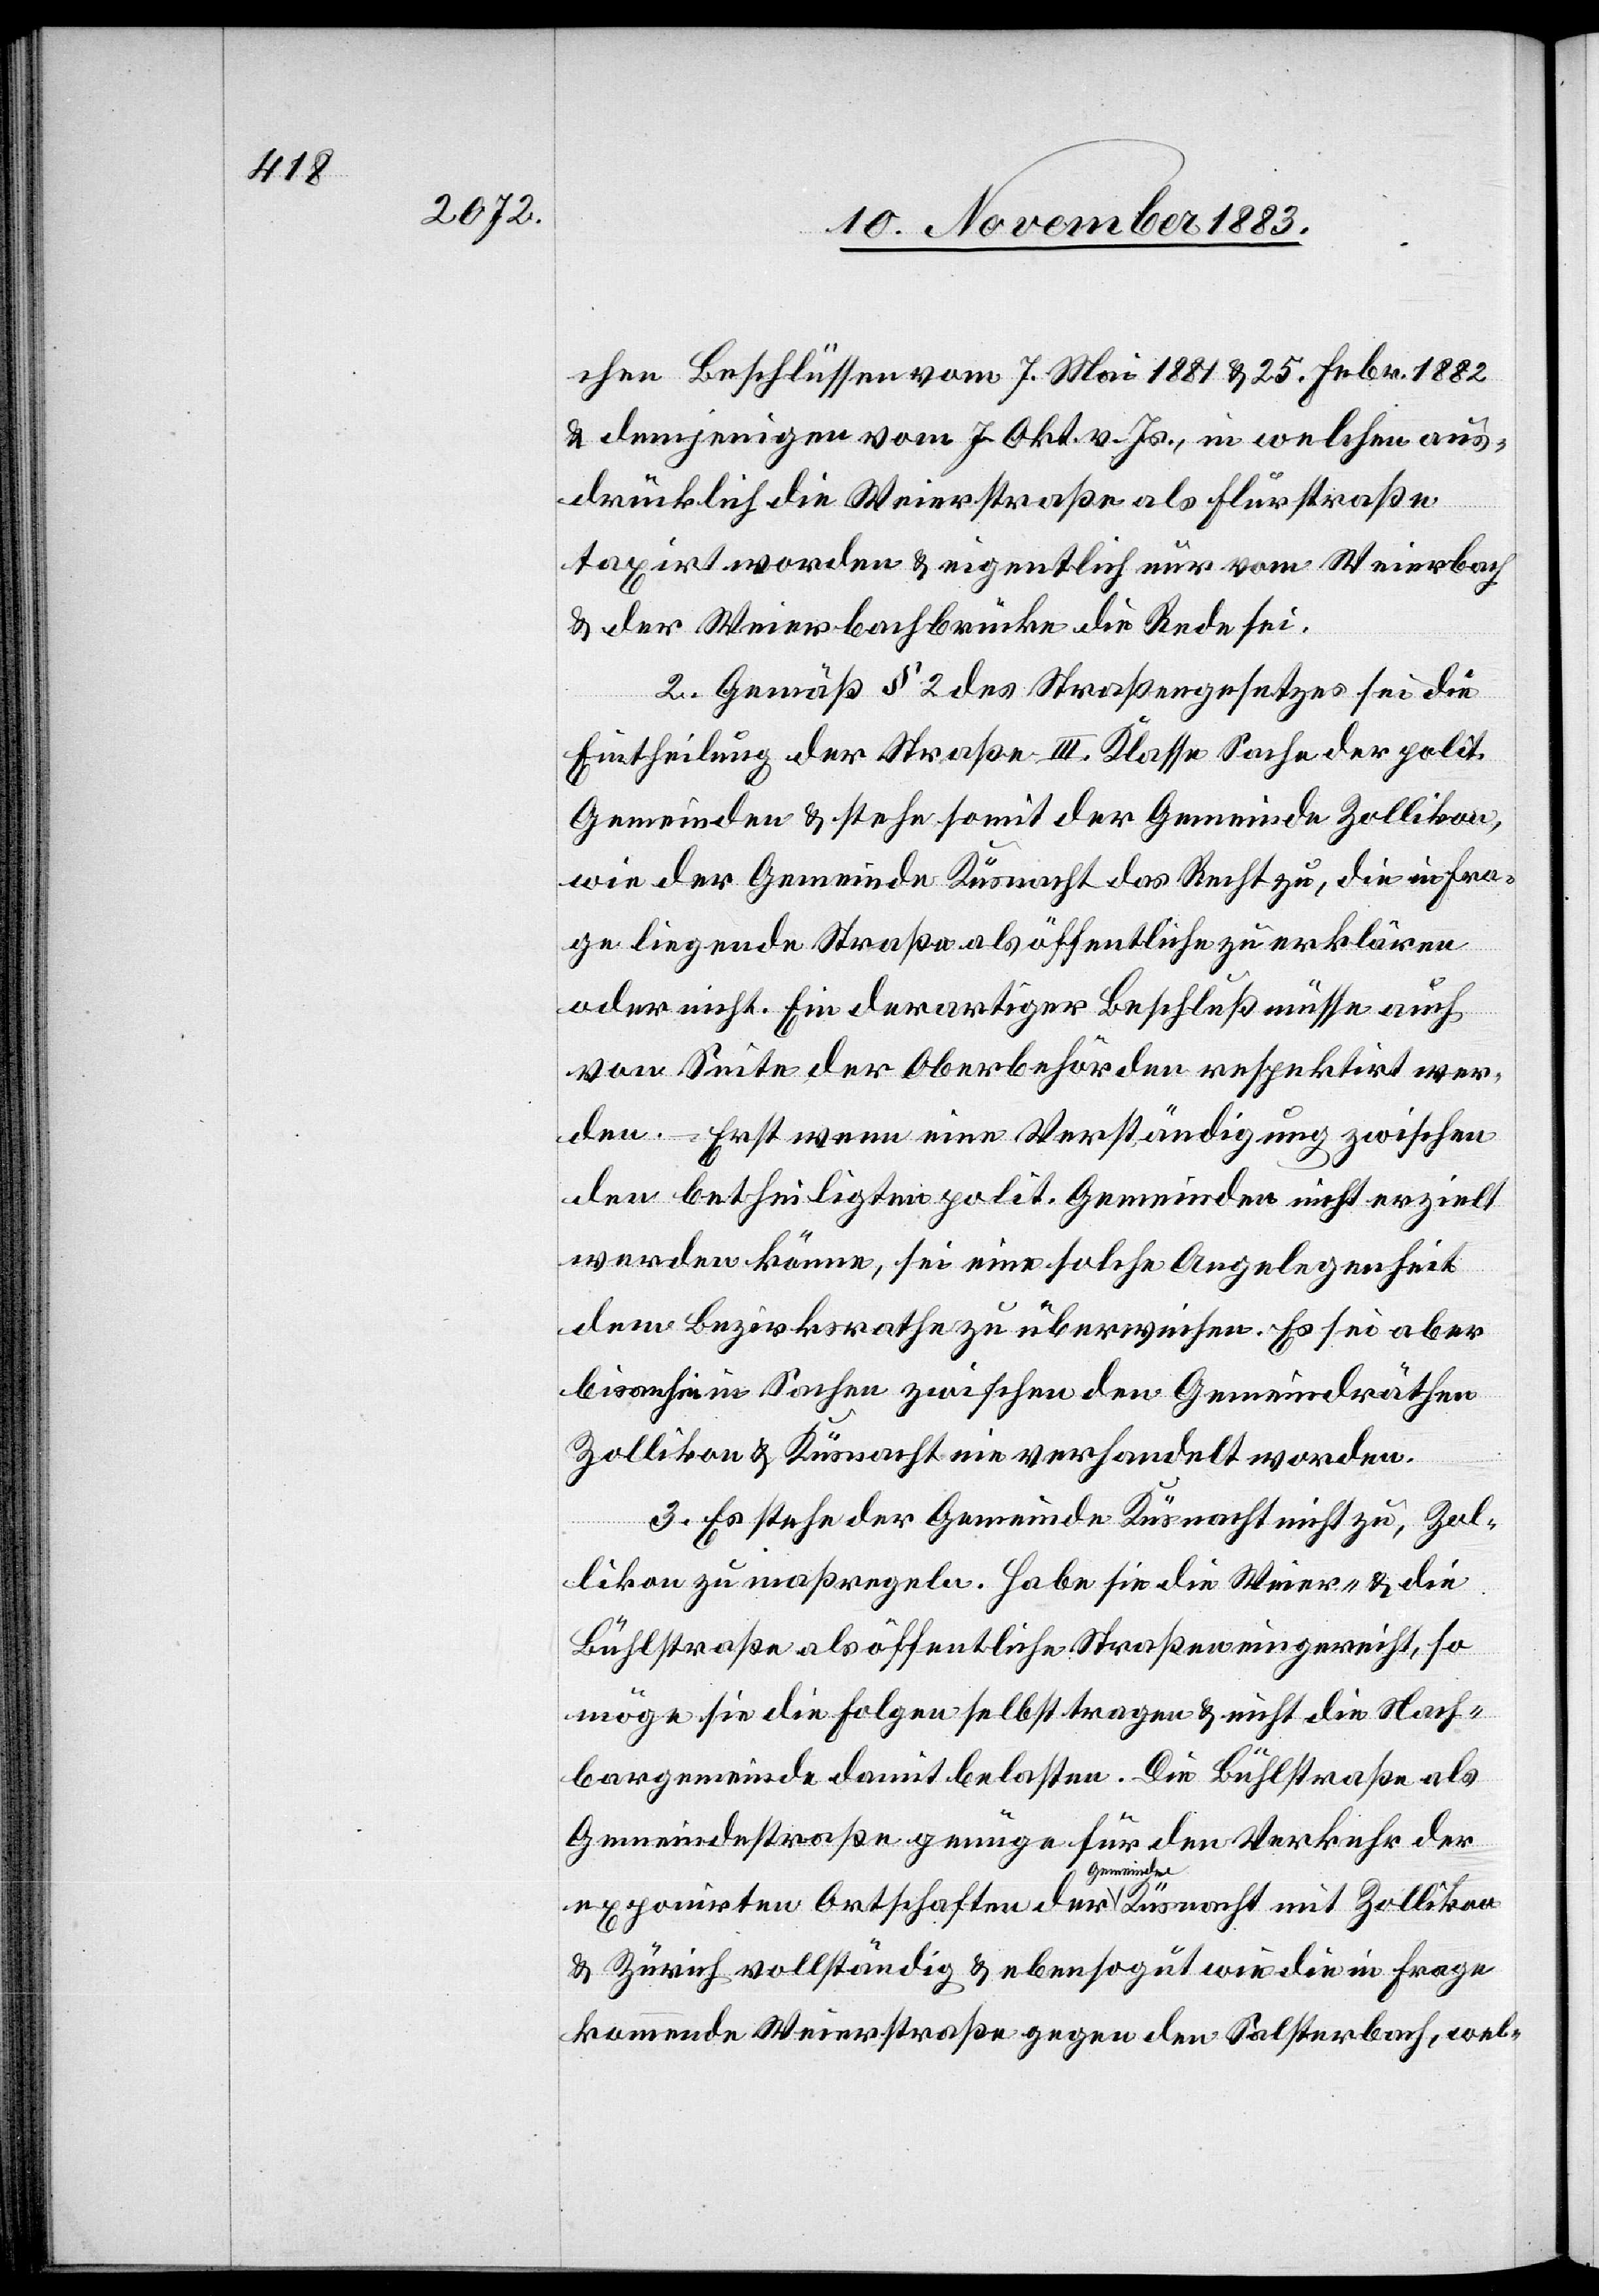
chen Beschlüssen vom 7. Mai 1881 & 25. Febr. 1882
& demjenigen vom 7. Okt. v. Js., in welchen aus¬
drücklich die Weierstraße als Flurstraße
taxirt worden & eigentlich nur vom Weierbach
& der Weierbachbrücke die Rede sei.
2. Gemäß § 2 des Straßengesetzes sei die
Eintheilung der Straße II. Klasse Sache der polit.
Gemeinden & stehe somit der Gemeinde Zollikon,
wie der Gemeinde Küsnacht das Recht zu, die in Fra¬
ge liegende Straße als öffentliche zu erklären
oder nicht. Ein derartiger Beschluß müsse auch
von Seite der Oberbehörden respektirt wer¬
den. – Erst wenn eine Verständigung zwischen
den betheiligten polit. Gemeinden nicht erzielt
werden könne, sei eine solche Angelegenheit
dem Bezirksrathe zu überweisen. Es sei aber
bisanhin in Sachen zwischen den Gemeindräthen
Zollikon & Küsnacht nie verhandelt worden.
3. Es stehe der Gemeinde Küsnacht nicht zu, Zol¬
likon zu maßregeln. Habe sie die Weier- & die
Bühlstraße als öffentliche Straßen eingereicht, so
möge sie die Folgen selbst tragen & nicht die Nach¬
bargemeinde damit belasten. Die Bühlstraße als
Gemeindestraße genüge für den Verkehr der
exponirten Ortschaften der Gemeinde Küsnacht mit Zollikon
& Zürich vollständig & ebenso gut wie die in Frage
kommende Weierstraße gegen den Salsterbach, wel-